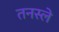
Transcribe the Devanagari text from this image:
तनस्ले